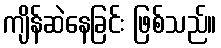
ကျိန်ဆဲနေခြင်း ဖြစ်သည်။